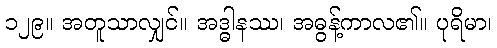
၁၂၉။ အတူသာလျှင်။ အဒ္ဓါနဿ၊ အဓွန့်ကာလ၏။ ပုရိမာ၊